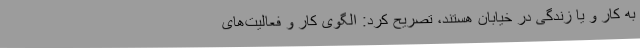
به کار و یا زندگی در خیابان هستند، تصریح کرد: الگوی کار و فعالیت‌های